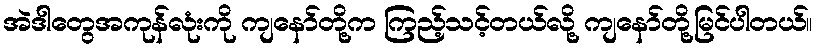
အဲဒါတွေအကုန်လုံးကို ကျနော်တို့က ကြည့်သင့်တယ်လို့ ကျနော်တို့မြင်ပါတယ်။